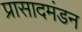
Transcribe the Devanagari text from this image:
प्रासादमंडन